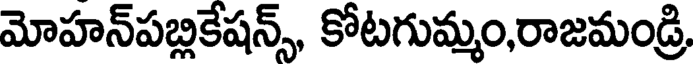
మోహన్పబ్లికేషన్స్, కోటగుమ్మం,రాజమండ్రి,